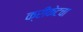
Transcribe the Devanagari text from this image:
क्रीकेटचा